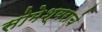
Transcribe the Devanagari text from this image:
सोमेश्वराचे